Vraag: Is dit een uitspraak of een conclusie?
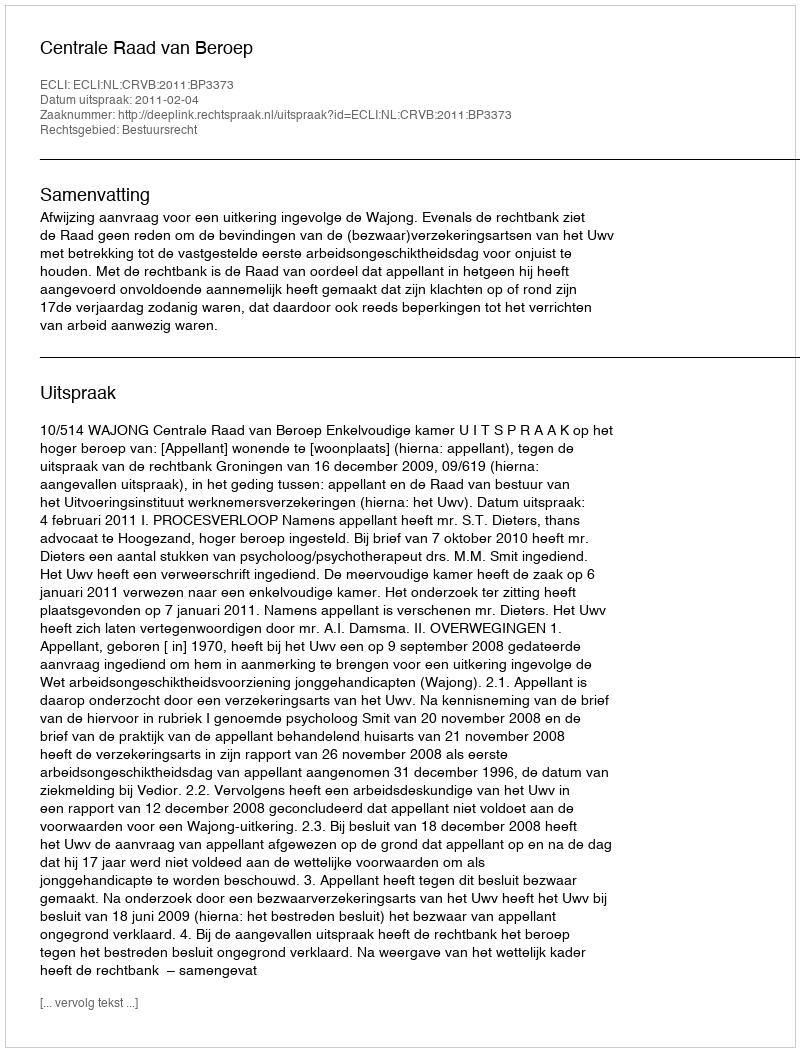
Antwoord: Uitspraak